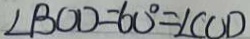
\angle B O D = 6 0 ^ { \circ } = \angle C O D